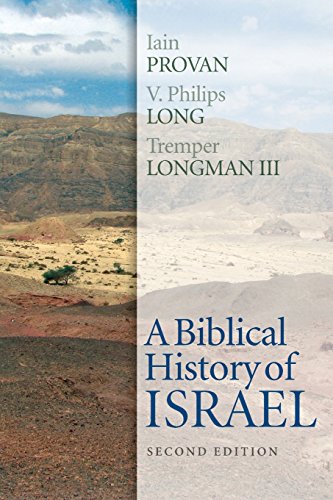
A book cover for A Biblical History of Israel, Second Edition; Iain Provan; Christian Books & Bibles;